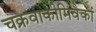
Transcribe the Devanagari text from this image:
चक्रवाकीमिवैकां